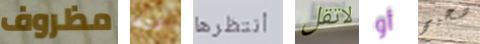
مظروف لقد أنتظرها لاتقل أو صحيح